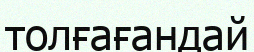
толғағандай